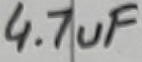
Text: C2